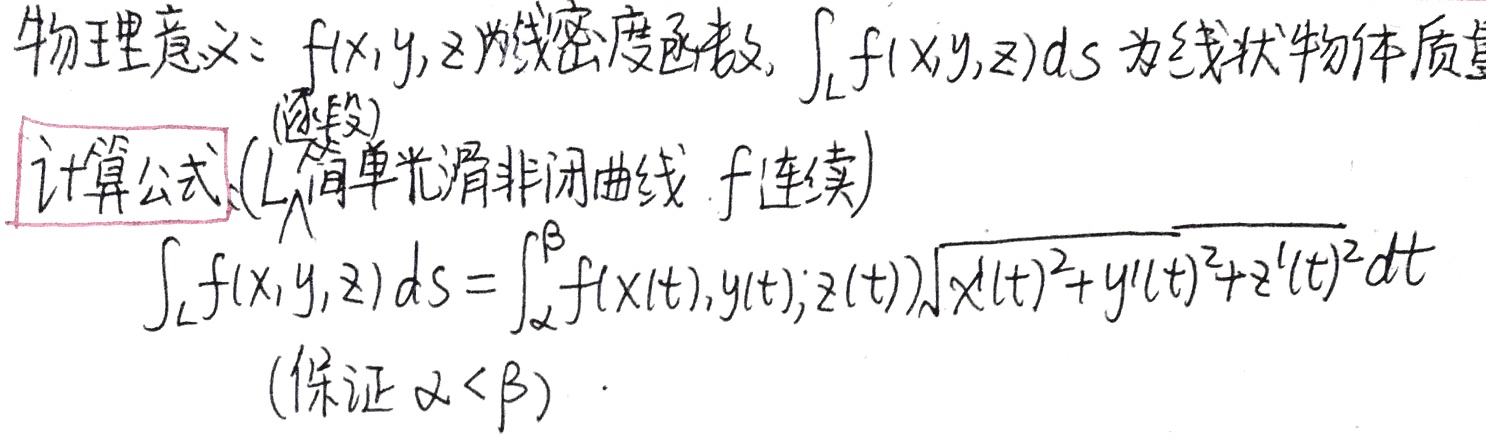
物理意义：\(f(x,y,z)\)为线密度函数，\(\int_{L} f(x,y,z)ds\)为线状物体质量(逐段)计算公式（\(L\)为简单光滑非闭曲线，\(f\)连续）。

\(\int_{L} f(x,y,z)ds = \int_{\alpha}^{\beta} f(x(t),y(t),z(t))\sqrt{x^{\prime}(t)^{2}+y^{\prime}(t)^{2}+z^{\prime}(t)^{2}}dt\)（保证\(\alpha < \beta\)）